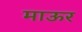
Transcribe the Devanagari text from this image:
माऊर